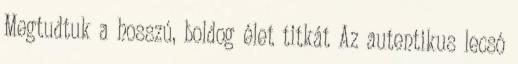
Megtudtuk a hosszú, boldog élet titkát Az autentikus lecsó